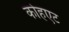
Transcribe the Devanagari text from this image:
कोहएट